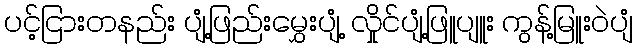
ပင့်ငြားတနည်း ပျံ့ဖြည်းမွှေးပျံ့ လှိုင်ပျံ့ဖြူပျူး ကွန့်မြူးဝဲပျံ